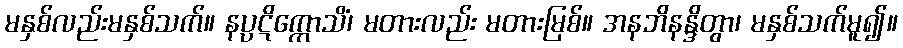
မနှစ်လည်းမနှစ်သက်။ နပ္ပဋိက္ကောသိံ၊ မတားလည်း မတားမြစ်။ အနဘိနန္ဒိတွာ၊ မနှစ်သက်မူ၍။